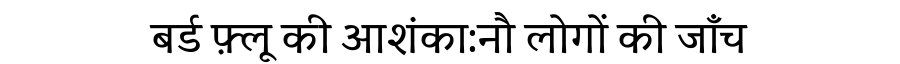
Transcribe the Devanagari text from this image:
बर्ड फ़्लू की आशंका:नौ लोगों की जाँच